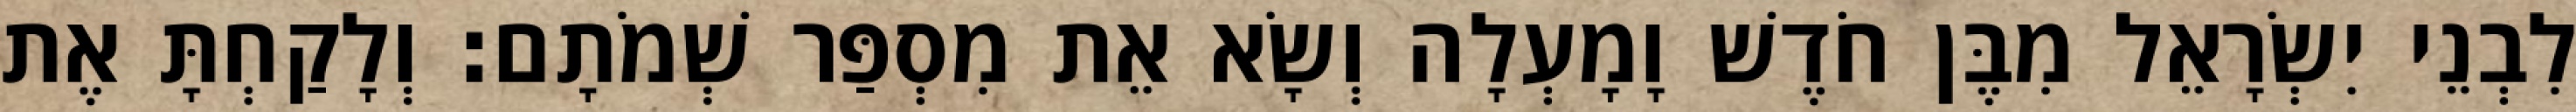
לִבְנֵי יִשְׂרָאֵל מִבֶּן חֹדֶשׁ וָמָעְלָה וְשָׂא אֵת מִסְפַּר שְׁמֹתָם׃ וְלָקַחְתָּ אֶת